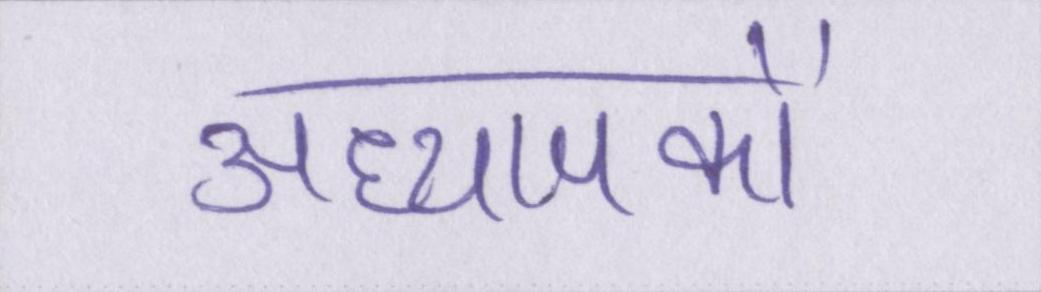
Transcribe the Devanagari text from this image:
अध्यापकों